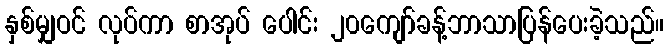
နှစ်မျှဝင် လုပ်ကာ စာအုပ် ပေါင်း ၂၀ကျော်ခန့်ဘာသာပြန်ပေးခဲ့သည်။